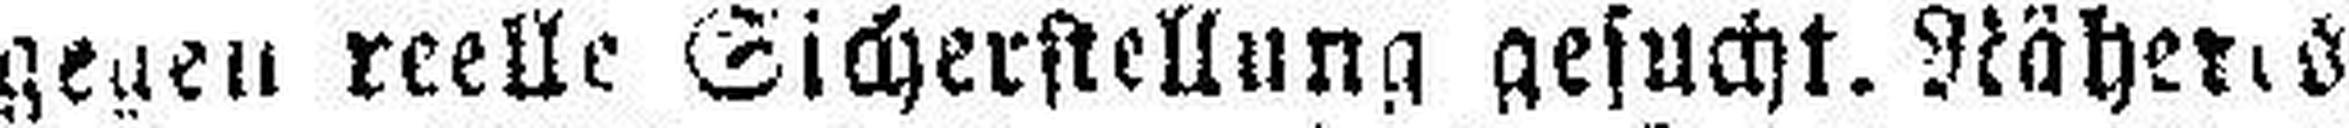
gegen reelle Sicherstellung gesucht. Näheres